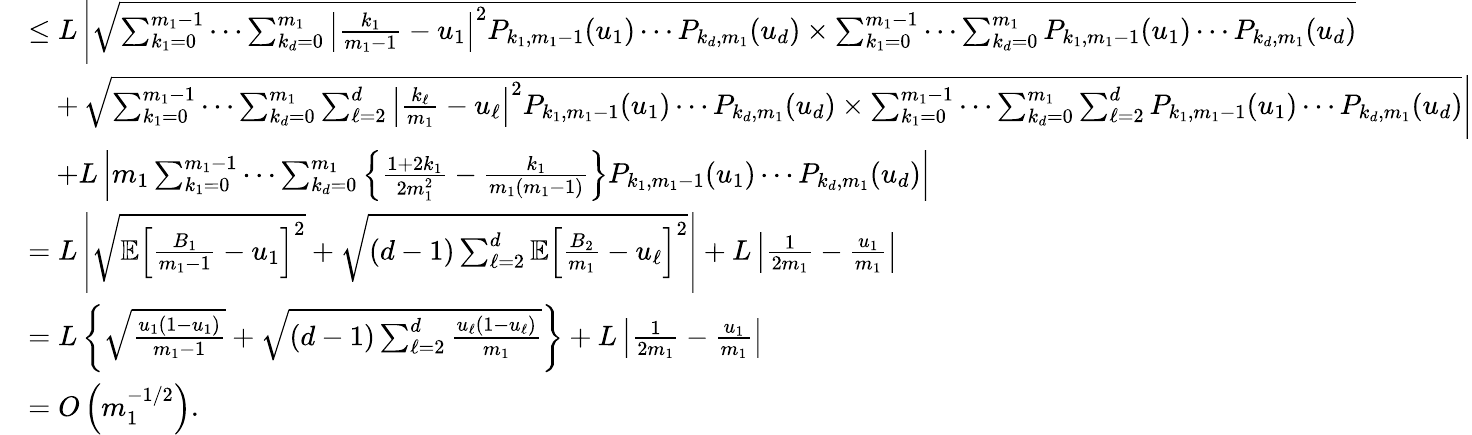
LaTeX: \begin{array}{rl}&{\le L\left|\sqrt{\sum_{k_{1}=0}^{m_{1}-1}\cdots\sum_{k_{d}=0}^{m_{1}}\left|\frac{k_{1}}{m_{1}-1}-u_{1}\right|^{2}P_{k_{1},m_{1}-1}(u_{1})\cdots P_{k_{d},m_{1}}(u_{d})\times\sum_{k_{1}=0}^{m_{1}-1}\cdots\sum_{k_{d}=0}^{m_{1}}P_{k_{1},m_{1}-1}(u_{1})\cdots P_{k_{d},m_{1}}(u_{d})}\right.}\\ &{\quad+\left.\sqrt{\sum_{k_{1}=0}^{m_{1}-1}\cdots\sum_{k_{d}=0}^{m_{1}}\sum_{\ell=2}^{d}\left|\frac{k_{\ell}}{m_{1}}-u_{\ell}\right|^{2}P_{k_{1},m_{1}-1}(u_{1})\cdots P_{k_{d},m_{1}}(u_{d})\times\sum_{k_{1}=0}^{m_{1}-1}\cdots\sum_{k_{d}=0}^{m_{1}}\sum_{\ell=2}^{d}P_{k_{1},m_{1}-1}(u_{1})\cdots P_{k_{d},m_{1}}(u_{d})}\right|}\\ &{\quad+L\left|m_{1}\sum_{k_{1}=0}^{m_{1}-1}\cdots\sum_{k_{d}=0}^{m_{1}}\left\{ \frac{1+2k_{1}}{2m_{1}^{2}}-\frac{k_{1}}{m_{1}(m_{1}-1)}\right\} P_{k_{1},m_{1}-1}(u_{1})\cdots P_{k_{d},m_{1}}(u_{d})\right|}\\ &{=L\left|\sqrt{{\mathbb{E}}\left[\frac{B_{1}}{m_{1}-1}-u_{1}\right]^{2}}+\sqrt{(d-1)\sum_{\ell=2}^{d}{\mathbb{E}}\left[\frac{B_{2}}{m_{1}}-u_{\ell}\right]^{2}}\right|+L\left|\frac{1}{2m_{1}}-\frac{u_{1}}{m_{1}}\right|}\\ &{=L\left\{ \sqrt{\frac{u_{1}(1-u_{1})}{m_{1}-1}}+\sqrt{(d-1)\sum_{\ell=2}^{d}\frac{u_{\ell}(1-u_{\ell})}{m_{1}}}\right\} +L\left|\frac{1}{2m_{1}}-\frac{u_{1}}{m_{1}}\right|}\\ &{=O\left(m_{1}^{-1/2}\right).}\end{array}